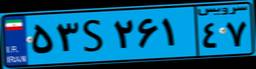
۵۳S۲۶۱۴۷